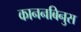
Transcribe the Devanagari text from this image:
काननबिनुस